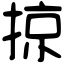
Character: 掠